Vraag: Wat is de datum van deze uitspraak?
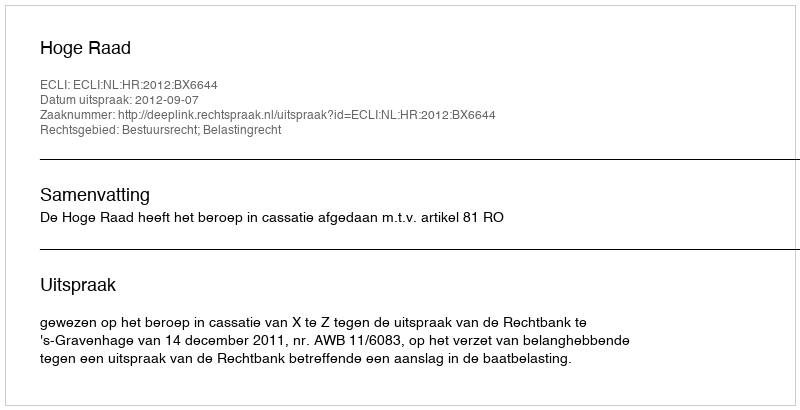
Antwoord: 2012-09-07